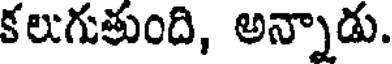
కలుగుతుంది, అన్నాడు.